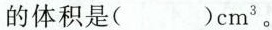
的体积是( )cm^{3}。